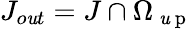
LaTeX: J_{o\mathit{u}t}=J\cap\Omega_{\mathrm{{~\mathit{u}~p~}}}